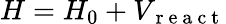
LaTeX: H=H_{0}+V_{\mathrm{~r~e~a~c~t~}}